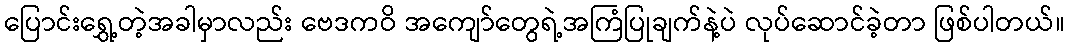
ပြောင်းရွှေ့တဲ့အခါမှာလည်း ဗေဒကဝိ အကျော်တွေရဲ့အကြံပြုချက်နဲ့ပဲ လုပ်ဆောင်ခဲ့တာ ဖြစ်ပါတယ်။